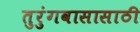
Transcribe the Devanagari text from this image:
तुरुंगवासासाठी